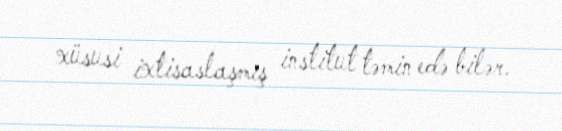
xüsusi ixtisaslaşmış institut təmin edə bilər.